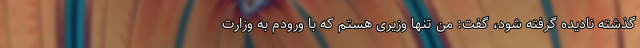
گذشته نادیده گرفته شود، گفت: من تنها وزیری هستم که با ورودم به وزارت